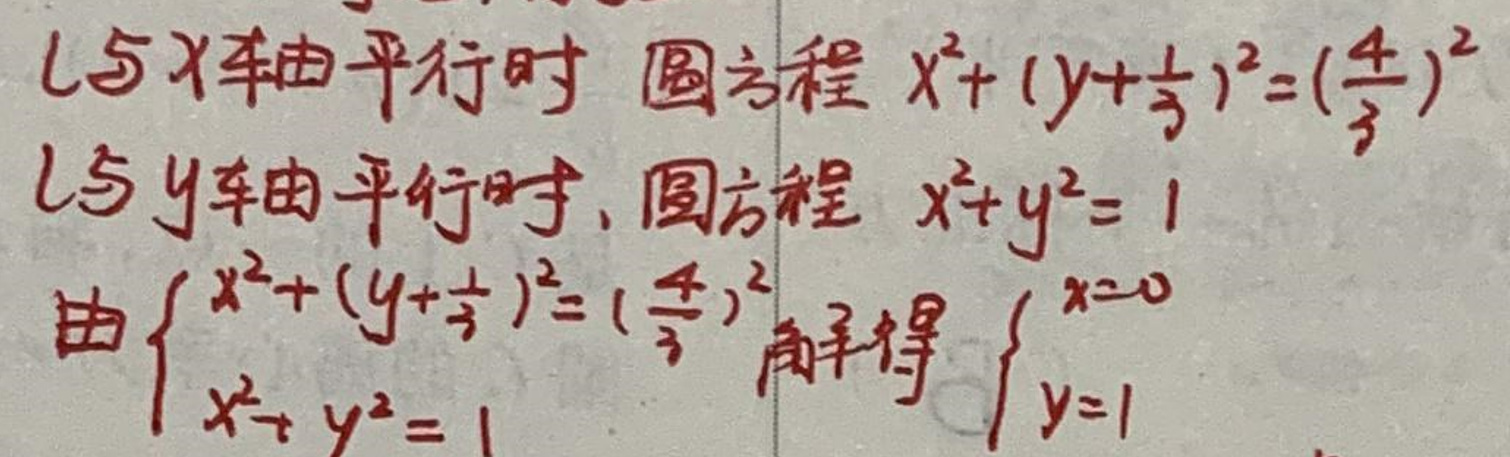
当\(L\)与\(x\)轴平行时，圆方程\(x^{2}+(y + \frac{1}{3})^{2}=(\frac{4}{3})^{2}\)

当\(L\)与\(y\)轴平行时，圆方程\(x^{2}+y^{2}=1\)

由\(\begin{cases}x^{2}+(y+\frac{1}{3})^{2}=(\frac{4}{3})^{2}\\x^{2}+y^{2}=1\end{cases}\)解得\(\begin{cases}x = 0\\y = 1\end{cases}\)